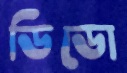
ডিডো